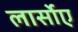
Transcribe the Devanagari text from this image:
लार्सोए